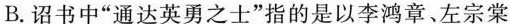
B.诏书中”通达英勇之士”指的是以李鸿章、左宗棠